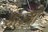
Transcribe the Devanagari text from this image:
याज्यों